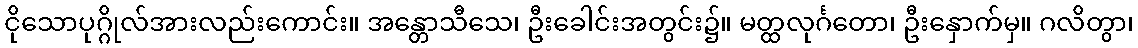
ငိုသောပုဂ္ဂိုလ်အားလည်းကောင်း။ အန္တောသီသေ၊ ဦးခေါင်းအတွင်း၌။ မတ္ထလုင်္ဂတော၊ ဦးနှောက်မှ။ ဂလိတွာ၊